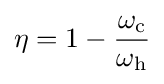
\eta =1-{\frac {\omega _{\text{c}}}{\omega _{\text{h}}}}